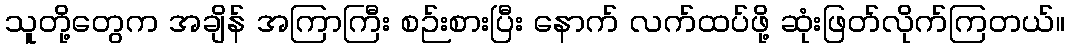
သူတို့တွေက အချိန် အကြာကြီး စဉ်းစားပြီး နောက် လက်ထပ်ဖို့ ဆုံးဖြတ်လိုက်ကြတယ်။